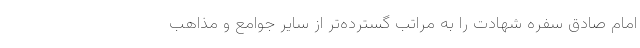
امام صادق سفره شهادت را به مراتب گسترده‌تر از سایر جوامع و مذاهب